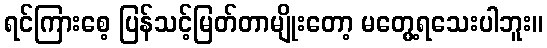
ရင်ကြားစေ့ ပြန်သင့်မြတ်တာမျိုးတော့ မတွေ့ရသေးပါဘူး။